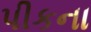
પીકના